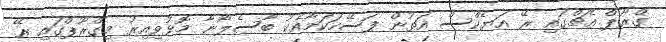
ގްރޫޕް އެޗްގައި ރޭ އަޔެކްސް އަތުން ފަސޭހަކަމާއެކު ބާސެލޯނާ މޮޅުވިއިރު މިގްރޫޕްގައި ރޭ